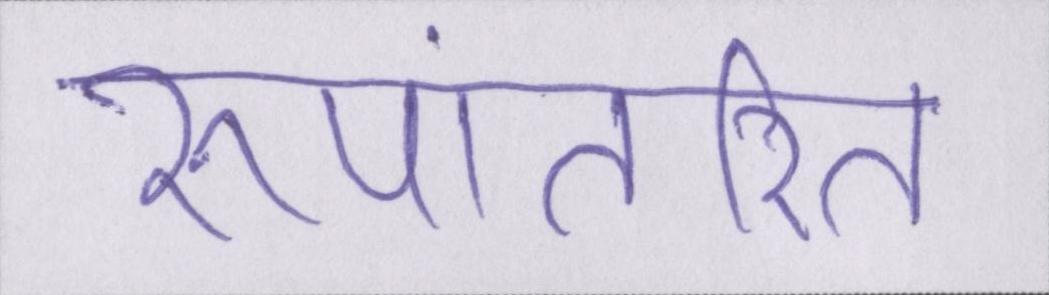
रूपांतरित